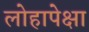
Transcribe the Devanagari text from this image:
लोहापेक्षा